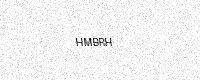
Text: HMBRH